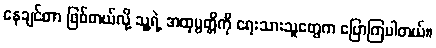
နေချင်တာ ဖြစ်တယ်လို့ သူ့ရဲ့ အထုပ္ပတ္တိကို ရေးသားသူတွေက ပြောကြပါတယ်။